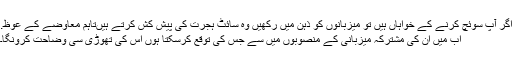
اگر آپ سوئچ کرنے کے خواہاں ہیں تو میزبانوں کو ذہن میں رکھیں وہ سائٹ ہجرت کی پیش کش کرتے ہیںتاہم معاوضے کے عوظ.
اب میں ان کی مشترکہ میزبانی کے منصوبوں میں سے جس کی توقع کرسکتا ہوں اس کی تھوڑی سی وضاحت کرونگا۔